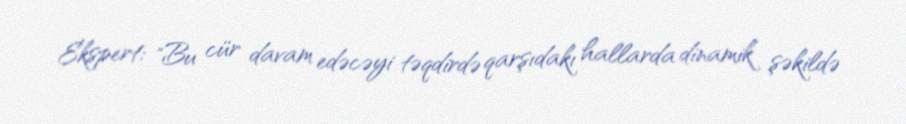
Ekspert: "Bu cür davam edəcəyi təqdirdə qarşıdakı hallarda dinamik şəkildə